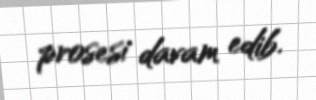
prosesi davam edib.